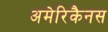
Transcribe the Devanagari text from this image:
अमेरिकैनस